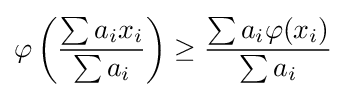
\varphi \left({\frac {\sum a_{i}x_{i}}{\sum a_{i}}}\right)\geq {\frac {\sum a_{i}\varphi (x_{i})}{\sum a_{i}}}